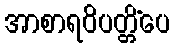
အာစာရဝိပတ္တိံပေ